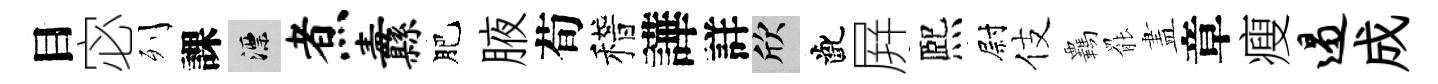
目宓列課漂煮纛肥腋荀稽譁詳欣齔屛熈尉伎覊罷𥁞章瘦遏成